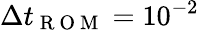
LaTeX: \Delta t_{\mathrm{~R~O~M~}}=10^{-2}